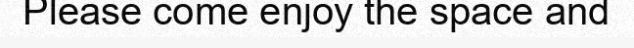
Please come enjoy the space and